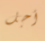
أجل